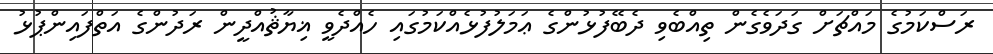
ރަސްކަމުގެ މައްޗަށް ގަދަވެގެން ތިއްބެވި ދެބޭފުޅުންގެ ޢަމަލުފުޅެއްކަމުގައި ހެއްދެވީ ޣިޔާޘުއްދީން ރަދުންގެ އަތްފައިންޕުޅު